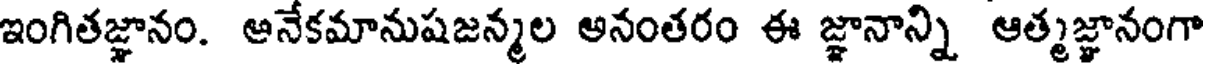
ఇంగితజ్ఞానం. ఆనేకమానుషజన్మల అనంతరం ఈ జ్ఞానాన్ని ఆత్మజ్ఞానంగా